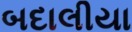
બદાલીયા